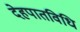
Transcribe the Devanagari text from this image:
देहपातविधि